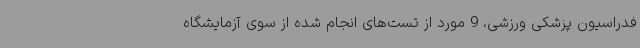
فدراسیون پزشکی ورزشی، 9 مورد از تست‌های انجام شده از سوی آزمایشگاه